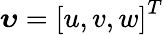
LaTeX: \boldsymbol{\upsilon}=\left[u,v,w\right]^{T}